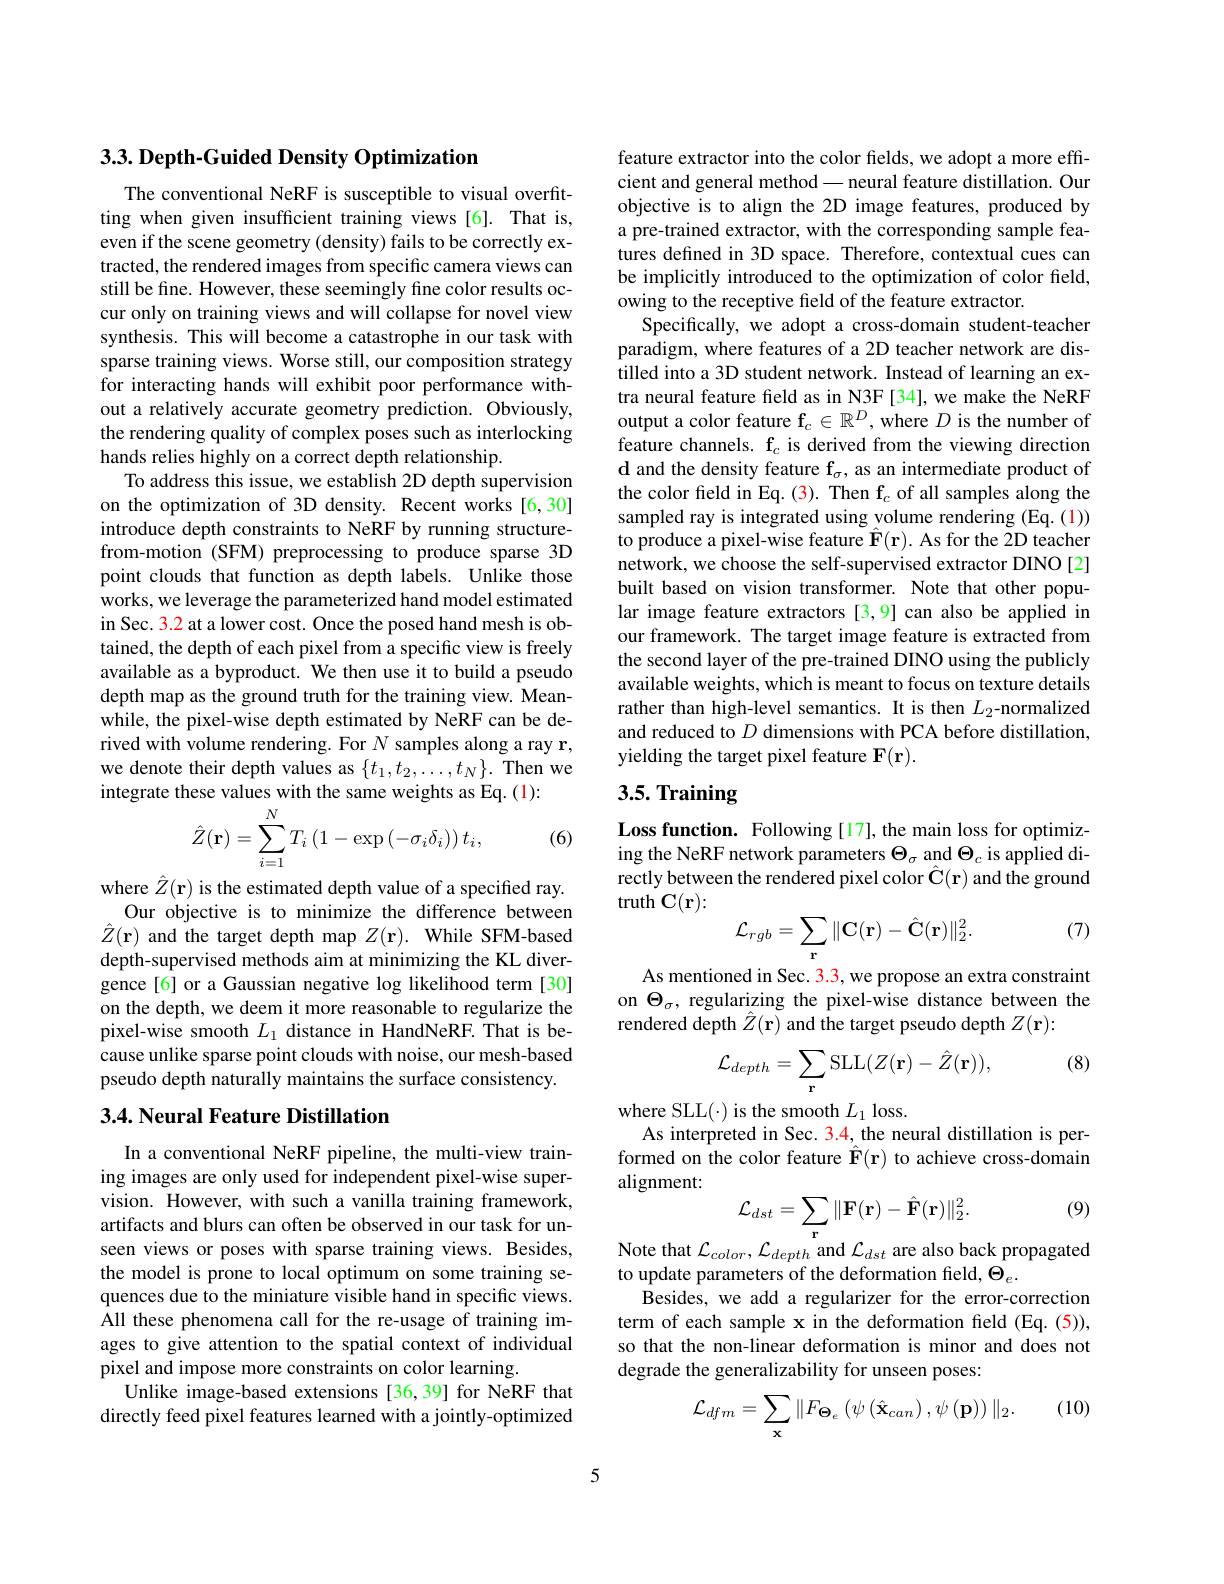
$3. 3. \textbf{Depth- Guided Density Optimization}$

The conventional NeRF is susceptible to visual overfitting when given insufficient training views[6]. That is, even if the scene geometry (density) fails to be correctly extracted, the rendered images from specific camera views can still be fine. However, these seemingly fine color results occur only on training views and will collapse for novel view synthesis. This will become a catastrophe in our task with sparse training views. Worse still, our composition strategy for interacting hands will exhibit poor performance without a relatively accurate geometry prediction. Obviously, the rendering quality of complex poses such as interlocking hands relies highly on a correct depth relationship.
To address this issue, we establish 2D depth supervision on the optimization of 3D density. Recent works [6,30] introduce depth constraints to NeRF by running structurefrom-motion (SFM) preprocessing to produce sparse 3D point clouds that function as depth labels. Unlike those works, we leverage the parameterized hand model estimated in Sec. 3.2 at a lower cost. Once the posed hand mesh is obtained, the depth of each pixel from a specific view is freely available as a byproduct. We then use it to build a pseudo depth map as the ground truth for the training view. Meanwhile, the pixel-wise depth estimated by NeRF can be derived with volume rendering. For $N$ samples along a ray r, we denote their depth values as $\{t_1,t_2,\ldots,t_N\}.$ Then we integrate these values with the same weights as Eq. (1):
(6)
$$\hat{Z}(\mathbf{r})=\sum_{i=1}^{N}T_{i}\left(1-\exp\left(-\sigma_{i}\delta_{i}\right)\right)t_{i},$$
where $\hat{Z}(\mathbf{r})$ is the estimated depth value of a specified ray.
Our objective is to minimize the difference between $\hat{Z}(\mathbf{r})$ and the target depth map $Z( \mathbf{r} ) . \textbf{While SFM- based}$ depth-supervised methods aim at minimizing the KL divergence[6] or a Gaussian negative log likelihood term[30] on the depth, we deem it more reasonable to regularize the pixel-wise smooth $L_1$ distance in HandNeRF. That is because unlike sparse point clouds with noise, our mesh-based pseudo depth naturally maintains the surface consistency.

## 3.4. Neural Feature Distillation

In a conventional NeRF pipeline, the multi-view training images are only used for independent pixel-wise supervision. However, with such a vanilla training framework, artifacts and blurs can often be observed in our task for unseen views or poses with sparse training views. Besides, the model is prone to local optimum on some training sequences due to the miniature visible hand in specific views. All these phenomena call for the re-usage of training images to give attention to the spatial context of individual pixel and impose more constraints on color learning.
Unlike image-based extensions [36,39] for NeRF that directly feed pixel features learned with a jointly-optimized

feature extractor into the color fields, we adopt a more efficient and general method— neural feature distillation. Our objective is to align the 2D image features, produced by a pre-trained extractor, with the corresponding sample features defined in 3D space. Therefore, contextual cues can be implicitly introduced to the optimization of color feld, owing to the receptive field of the feature extractor.
Specifically, we adopt a cross-domain student-teacher paradigm, where features of a 2D teacher network are distilled into a 3D student network. Instead of learning an extra neural feature feld as in N3F [34],we make the NeRF output a color feature $\mathbf{f}_c\in\mathbb{R}^D$, where $D$ is the number of feature channels. f$_c$ is derived from the viewing direction d and the density feature $\mathbf{f}_\sigma$, as an intermediate product of the color field in Eq. (3). Then f$_c$ of all samples along the sampled ray is integrated using volume rendering (Eq. (1)) to produce a pixel-wise feature $\hat{\mathbf{F}}(\mathbf{r}).$ As for the 2D teacher network, we choose the self-supervised extractor DINO [2] built based on vision transformer. Note that other popular image feature extractors [3,9] can also be applied in our framework. The target image feature is extracted from the second layer of the pre-trained DINO using the publicly available weights, which is meant to focus on texture details rather than high-level semantics. It is then $L_2$-normalized and reduced to $D$ dimensions with PCA before distillation, yielding the target pixel feature F(r).

# 3.5. Training

Loss function. Following [17], the main loss for optimizing the NeRF network parameters $\Theta_\sigma$ and $\Theta_c$ is applied directly between the rendered pixel color $\hat{\mathbf{C}}(\mathbf{r})$ and the ground truth C(r):
$$\mathcal{L}_{rgb}=\sum_\mathbf{r}\|\mathbf{C}(\mathbf{r})-\hat{\mathbf{C}}(\mathbf{r})\|_2^2.$$
(7)

As mentioned in Sec. 3.3, we propose an extra constraint on $\Theta_\sigma$, regularizing the pixel-wise distance between the rendered depth $\hat{Z}(\mathbf{r})$ and the target pseudo depth $Z(\mathbf{r}):$

(8)
$$\mathcal{L}_{depth}=\sum_\mathbf{r}\mathrm{SLL}(Z(\mathbf{r})-\hat{Z}(\mathbf{r})),$$
where SLL(·) is the smooth $L_1$ loss.
As interpreted in Sec. 3.4, the neural distillation is performed on the color feature $\hat{\mathbf{F}}(\mathbf{r})$ to achieve cross-domain alignment:

(9)
$$\mathcal{L}_{dst}=\sum_{\mathbf{r}}\|\mathbf{F}(\mathbf{r})-\hat{\mathbf{F}}(\mathbf{r})\|_{2}^{2}.$$
Note that $\mathcal{L}_color,\mathcal{L}_{depth}$ and $\mathcal{L}_dst$ are also back propagated
to update parameters of the deformation field, $\Theta_e.$
Besides, we add a regularizer for the error-correction term of each sample x in the deformation feld (Eq.(5)), so that the non-linear deformation is minor and does not degrade the generalizability for unseen poses:

(10)
$$\mathcal{L}_{dfm}=\sum_{\mathbf{x}}\|F_{\Theta_{e}}\left(\psi\left(\hat{\mathbf{x}}_{can}\right),\psi\left(\mathbf{p}\right)\right)\|_{2}.$$
5